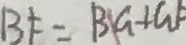
B F = B G + G F